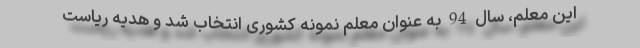
این معلم، سال 94 به عنوان معلم نمونه کشوری انتخاب شد و هدیه ریاست